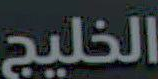
الخليج